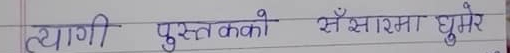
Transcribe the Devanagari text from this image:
त्यागी पुस्तकको संसारमा घुमेरे